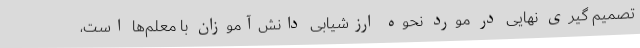
تصمیم گیری نهایی در مورد نحوه ارزشیابی دانش‌آموزان با معلم‌ها است،